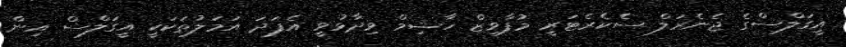
އީގަލްސްގެ ޖެނެރަލް ސެކެރެޓަރީ މުފާވިޒް ހާޝިމް ވިދާޅުވީ އެފަދަ އަމަލުތަކަކީ އީގަލްސް އިން